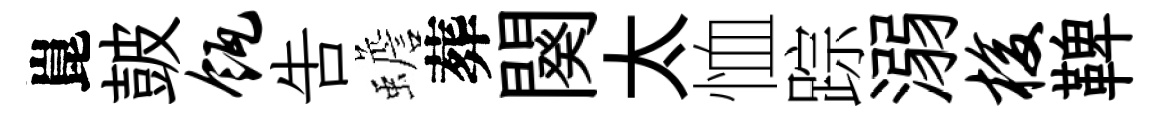
崑皷瓴吿蟾葬闋太恤踪溺梭鞞